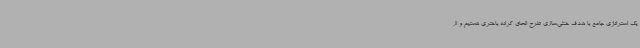
یک استراتژی جامع با هدف خنثی‌سازی طرح الحاق کرانه باختری هستیم و از